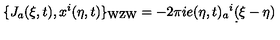
\{ J _ { a } ( \xi , t ) , x ^ { i } ( \eta , t ) \} _ { \mathrm { W Z W } } = - 2 \pi i e ( \eta , t ) _ { a } { } ^ { i } \d ( \xi - \eta )